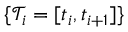
\{ \mathcal { T } _ { i } = [ t _ { i } , t _ { i + 1 } ] \}